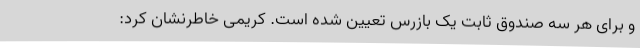
و برای هر سه صندوق ثابت یک بازرس تعیین شده است. کریمی خاطرنشان کرد: